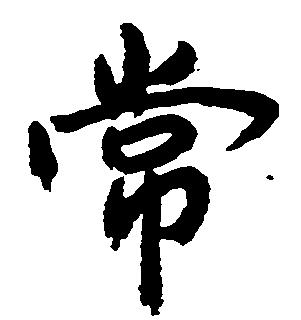
常